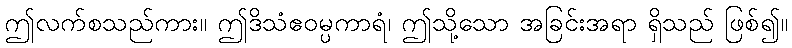
ဤလက်စသည်ကား။ ဤဒိသံဧဝမ္ပကာရံ၊ ဤသို့သော အခြင်းအရာ ရှိသည် ဖြစ်၍။